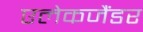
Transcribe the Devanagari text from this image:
एलेकजैंडर